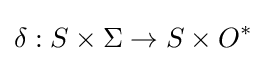
\delta :S\times \Sigma \rightarrow S\times O^{*}